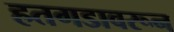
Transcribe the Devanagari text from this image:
हतगडावरून